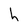
Character: h